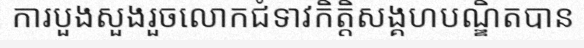
ការបួងសួងរួចលោកជំទាវកិត្តិសង្គហបណ្ឌិតបាន